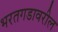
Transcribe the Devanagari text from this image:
भरतगडावरील